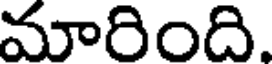
మారింది.